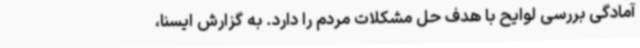
آمادگی بررسی لوایح با هدف حل مشکلات مردم را دارد. به گزارش ایسنا،